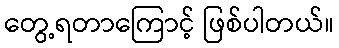
တွေ့ရတာကြောင့် ဖြစ်ပါတယ်။